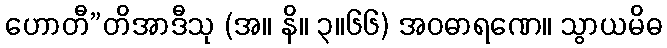
ဟောတီ”တိအာဒီသု (အ။ နိ။ ၃။၆၆) အဝဓာရဏေ။ သွာယမိဓ